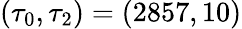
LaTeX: (\tau_{0},\tau_{2})=(2857,10)